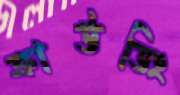
ক্রাউডিং